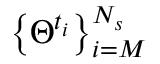
\left\{ \Theta ^ { t _ { i } } \right\} _ { i = M } ^ { N _ { s } }